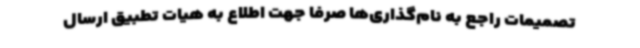
تصمیمات راجع به نام‌گذاری‌ها صرفاً جهت اطلاع به هیات تطبیق ارسال